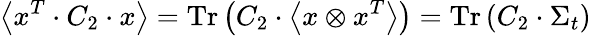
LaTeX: \left\langle x^{T}\cdot C_{2}\cdot x\right\rangle=\operatorname{Tr}\left(C_{2}\cdot\left\langle x\otimes x^{T}\right\rangle\right)=\operatorname{Tr}\left(C_{2}\cdot\Sigma_{t}\right)